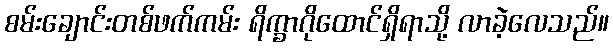
စမ်းချောင်းတစ်ဖက်ကမ်း ရိက္ခာဂိုထောင်ရှိရာသို့ လာခဲ့လေသည်။